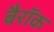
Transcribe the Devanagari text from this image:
बैरॉक